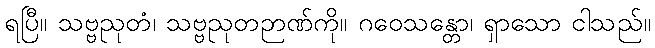
ရပြီ။ သဗ္ဗညုတံ၊ သဗ္ဗညုတဉာဏ်ကို။ ဂဝေသန္တော၊ ရှာသော ငါသည်။